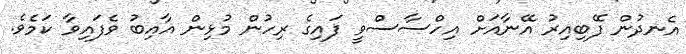
އެނދުން ފޭބިއިރު އޭނާއަށް އިހްސާސްވީ ފައިގެ ރިހުން މުޅިން ޣާއިބު ވެފައިވާ ކަމެވެ.